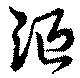
漚